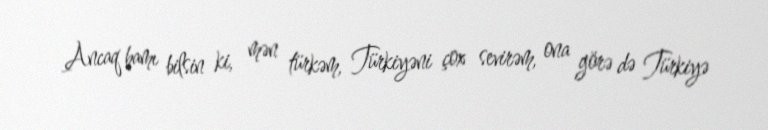
Ancaq hamı bilsin ki, mən türkəm, Türkiyəni çox sevirəm, ona görə də Türkiyə